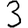
Digit: 3